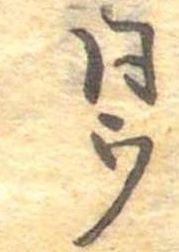
同ウ